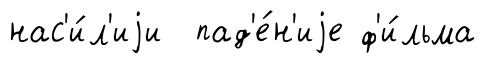
нас'и́л'иjи пад'е́н'иjе ф'и́льма